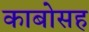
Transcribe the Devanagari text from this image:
काबोसह